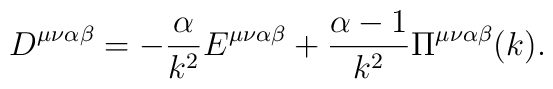
D^{\mu\nu\alpha\beta} = - \frac{\alpha}{k^{2}} E^{\mu\nu\alpha  \beta} + \frac{\alpha - 1}{k^{2}} \Pi^{\mu\nu\alpha\beta} (k).